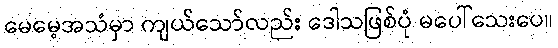
မေမေ့အသံမှာ ကျယ်သော်လည်း ဒေါသဖြစ်ပုံ မပေါ်သေးပေ။